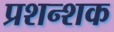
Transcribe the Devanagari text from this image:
प्रशन्शक